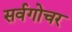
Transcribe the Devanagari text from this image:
सर्वगोचर